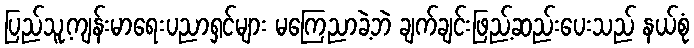
ပြည်သူ့ကျန်းမာရေးပညာရှင်များ မကြေညာခဲ့ဘဲ ချက်ချင်းဖြည့်ဆည်းပေးသည် နယ်စုံ